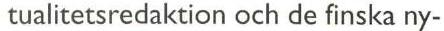
tualitetsredaktion och de finska ny-